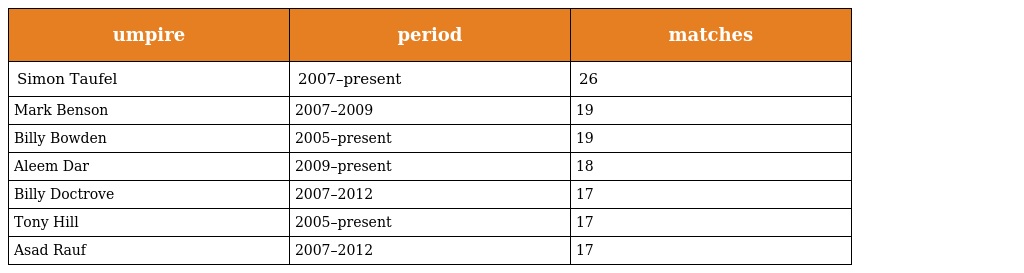
| umpire | period | matches |
 | --- | --- | --- |
 | Simon Taufel | 2007–present | 26 |
 | Mark Benson | 2007–2009 | 19 |
 | Billy Bowden | 2005–present | 19 |
 | Aleem Dar | 2009–present | 18 |
 | Billy Doctrove | 2007–2012 | 17 |
 | Tony Hill | 2005–present | 17 |
 | Asad Rauf | 2007–2012 | 17 |